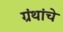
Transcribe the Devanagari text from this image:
ग्रंंथांचे